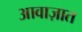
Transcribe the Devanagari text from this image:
आवाज़ात